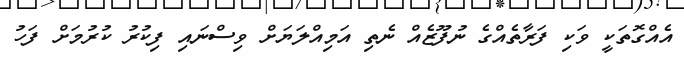
އެއްގޮތަކީ ވަކި ފަރާތެއްގެ ނުފޫޒެއް ނެތި އަމިއްލަޔަށް ވިސްނައި ފިކުރު ކުރުމަށް ފަހު